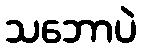
သဘောပဲ